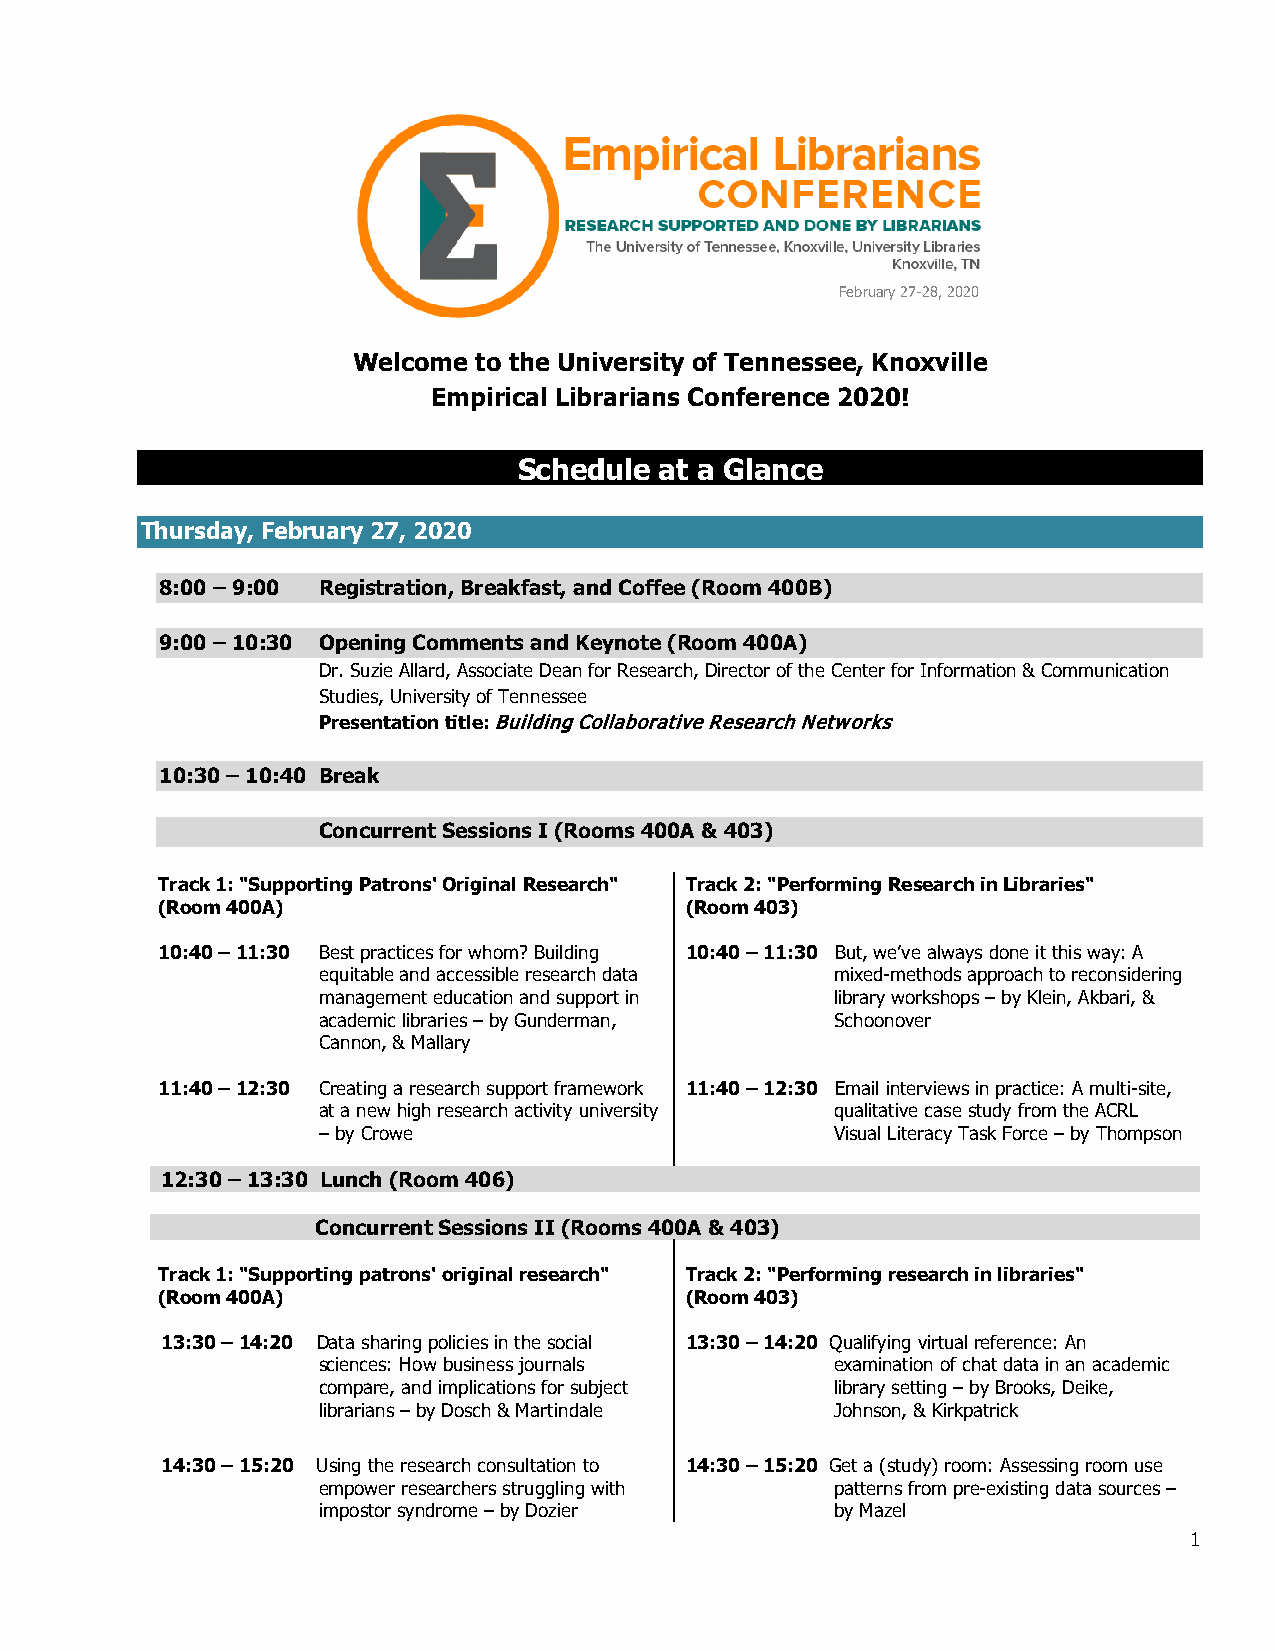
February 27-28, 2020
 Welcome to the University of Tennessee, Knoxville
 Empirical Librarians Conference 2020!
 Schedule  at a Glance
 Thursday, February 27, 2020
 8:00 – 9:00 Registration, Breakfast, and Coffee (Room 400B)
 9:00 – 10:30 Opening Comments and Keynote (Room 400A)
 Dr. Suzie Allard, Associate Dean for Research, Director of the Center for Information & Communication
 Studies, University of Tennessee
 Presentation title: Building Collaborative Research Networks
 10:30 – 10:40 Break
 Concurrent Sessions I (Rooms 400A & 403)
 Track 1: "Supporting Patrons' Original Research" Track 2: "Performing Research in Libraries"
 (Room 400A)                        (Room 403)
 10:40 – 11:30 Best practices for whom? Building 10:40 – 11:30 But, we’ve always done it this way: A
 equitable and accessible research data mixed-methods approach to reconsidering
 management education and support in library workshops – by Klein, Akbari, &
 academic libraries – by Gunderman, Schoonover
 Cannon, & Mallary
 11:40 – 12:30 Creating a research support framework 11:40 – 12:30 Email interviews in practice: A multi-site,
 at a new high research activity university qualitative case study from the ACRL
 – by Crowe                        Visual Literacy Task Force – by Thompson
 12:30 – 13:30 Lunch (Room 406)
 Concurrent Sessions II (Rooms 400A & 403)
 Track 1: "Supporting patrons' original research" Track 2: "Performing research in libraries"
 (Room 400A)                        (Room 403)
 13:30 – 14:20 Data sharing policies in the social 13:30 – 14:20 Qualifying virtual reference: An
 sciences: How business journals   examination of chat data in an academic
 compare, and implications for subject library setting – by Brooks, Deike,
 librarians – by Dosch & Martindale Johnson, & Kirkpatrick
 14:30 – 15:20 Using the research consultation to 14:30 – 15:20 Get a (study) room: Assessing room use
 empower researchers struggling with patterns from pre-existing data sources –
 impostor syndrome – by Dozier     by Mazel
 1